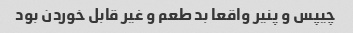
چیپس و پنیر واقعا بد طعم و غیر قابل خوردن بود